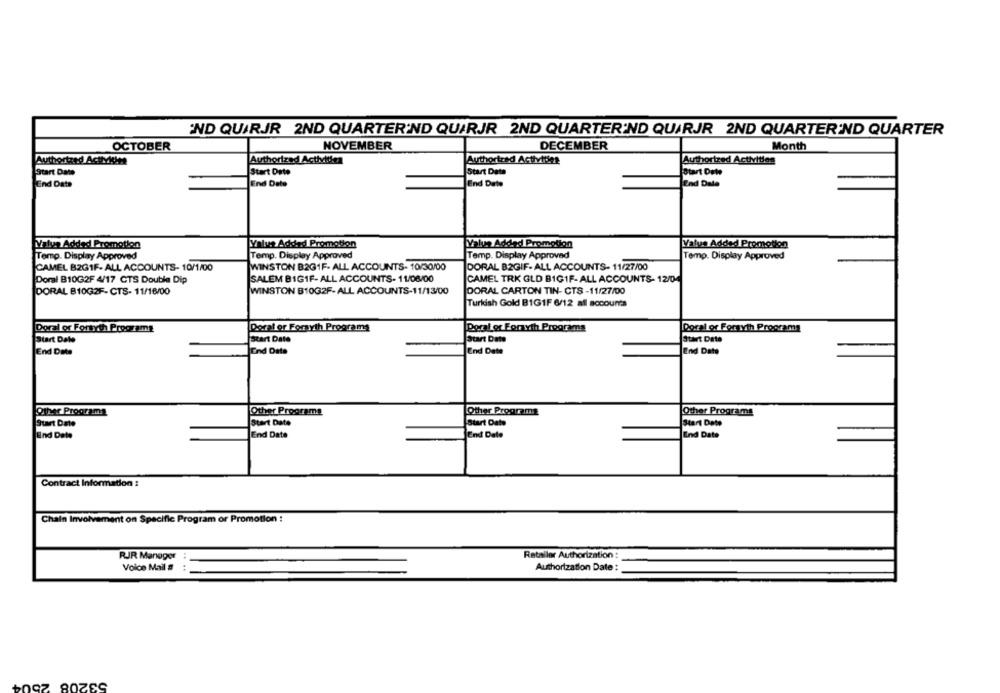
IND QUIRJR 2ND QUARTER'ND QUIRJR 2ND QUARTER'ND QUARJR 2ND QUARTER'ND QUARTER
NOVEMBER
DECEMBER
Month
OCTOBER
Authortred ActiYin
Authorized Activities
Authorized Activities
Authorized Activities
Start Date
Start Date
Start Date
Start Date
End Date
End Date
End Date
Valys Added Promotion
Yalus Added Promotion
Value Added Promotion
Value Added Promotion
Temp. Display Approved
Temp. Display Approved
Temp. Display Approved
Temp. Display Approved
CAMEL B2GIF- ALL ACCOUNTS- 10/1/00
WINSTON B2GIF- ALL ACCOUNTS- 10/30/00
DORAL B2GIF- ALL ACCOUNTS- 11/27/00
Doral B10G2F 4/17 CTS Double Dip
SALEM BIGIF- ALL ACCOUNTS- 11/08/00
CAMEL TRK GLD BIG1F- ALL ACCOUNTS- 12/04
DORAL B10G2F- CTS- 11/16/00
WINSTON B10G2F- ALL ACCOUNTS-11/13/00
DORAL CARTON TIN- CTS -11/27/00
Turkish Gold BIG1F 6/12 all accounts
Dorel or Forsyth Programs
Doral or Forsyth Programs
Port or Forsyth Programs
Doral or Forsyth Programs
Start Date
Start Date
Start Date
Start Date
End Date
End Date
End Date
End Date
Other Programs
Other Programs
Other Programs
Other Programs
Start Date
Start Date
Start Date
Start Date
End Date
End Date
End Date
End Date
Contract Information :
Chain Involvement on Specific Program or Promotion :
Retailer Authorization :
RJR Manager
Voice Mail #
.. ..
Authorization Date :
53208 2504